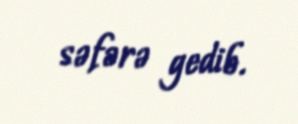
səfərə gedib.